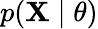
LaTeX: p(\mathbf{X}\mid\theta)